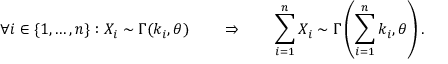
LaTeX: \forall i \in \{ 1 , \ldots , n \} : X _ { i } \sim \Gamma ( k _ { i } , \theta ) \qquad \Rightarrow \qquad \sum _ { i = 1 } ^ { n } X _ { i } \sim \Gamma \left( \sum _ { i = 1 } ^ { n } k _ { i } , \theta \right) .